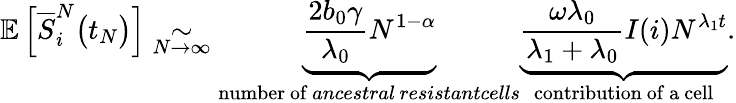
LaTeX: \mathbb{E}\left[\overline{{S}}_{i}^{N}\big(t_{N}\big)\right]\underset{N\to\infty}{\sim}\underbrace{\frac{2b_{0}\gamma}{\lambda_{0}}N^{1-\alpha}}_{\substack{\mathrm{number~of}\, \textit{ancestral}\, \textit{resistantcells}}}\underbrace{\frac{\omega\lambda_{0}}{\lambda_{1}+\lambda_{0}}I(i)N^{\lambda_{1}t}}_{\substack{\mathrm{contribution~of~a~cell}}}.